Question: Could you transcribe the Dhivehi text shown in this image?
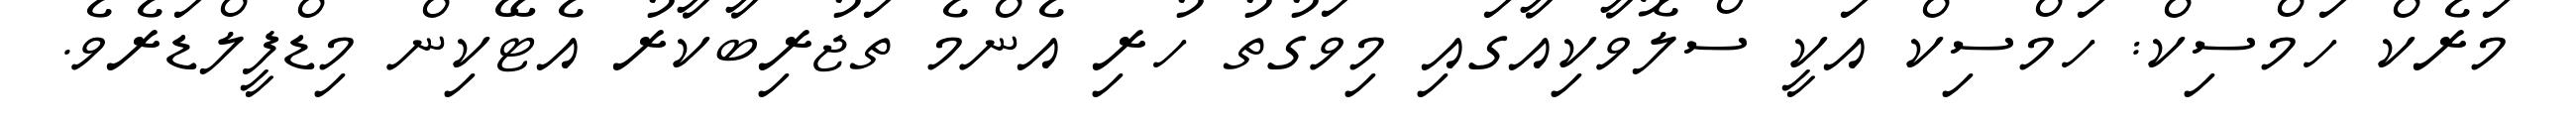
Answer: މަރެކް ހަމްސިކް: ހަމްސިކް އަކީ ސްލޮވާކިއާގައި މިވަގުތު ހުރި އެންމެ ތަޖުރިބާކާރު އެޓޭކިން މިޑްފީލްޑަރެވެ.